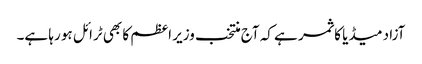
آزاد میڈیا کا ثمر ہے کہ آج منتخب وزیر اعظم کا بھی ٹرائل ہو رہا ہے۔